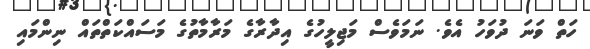
ހަތް ވަނަ ދުވަހު އެވެ. ނަމަވެސް މަޖިލީހުގެ އިދާރާގެ މަރާމާތުގެ މަސައްކަތްތައް ނިންމައި